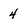
Character: 4